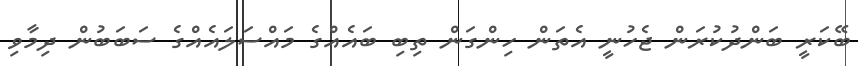
ބޭކަރީ ބަންދުކުރަން ޖެހުނީ އެތަން ހިންގަން ތިބި ބައެއްގެ މައްސަލައެއްގެ ސަބަބުން ދިމާވި